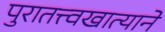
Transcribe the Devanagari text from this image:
पुरातत्त्वखात्याने